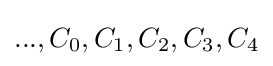
...,C_{0},C_{1},C_{2},C_{3},C_{4}